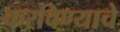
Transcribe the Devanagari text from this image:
करविण्याचे